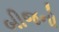
બીજનો